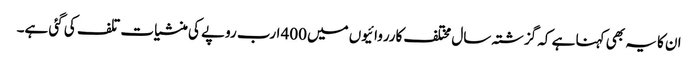
ان کا یہ بھی کہنا ہے کہ گزشتہ سال مختلف کارروائیوں میں400 ارب روپے کی منشیات تلف کی گئی ہے۔